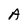
Character: A